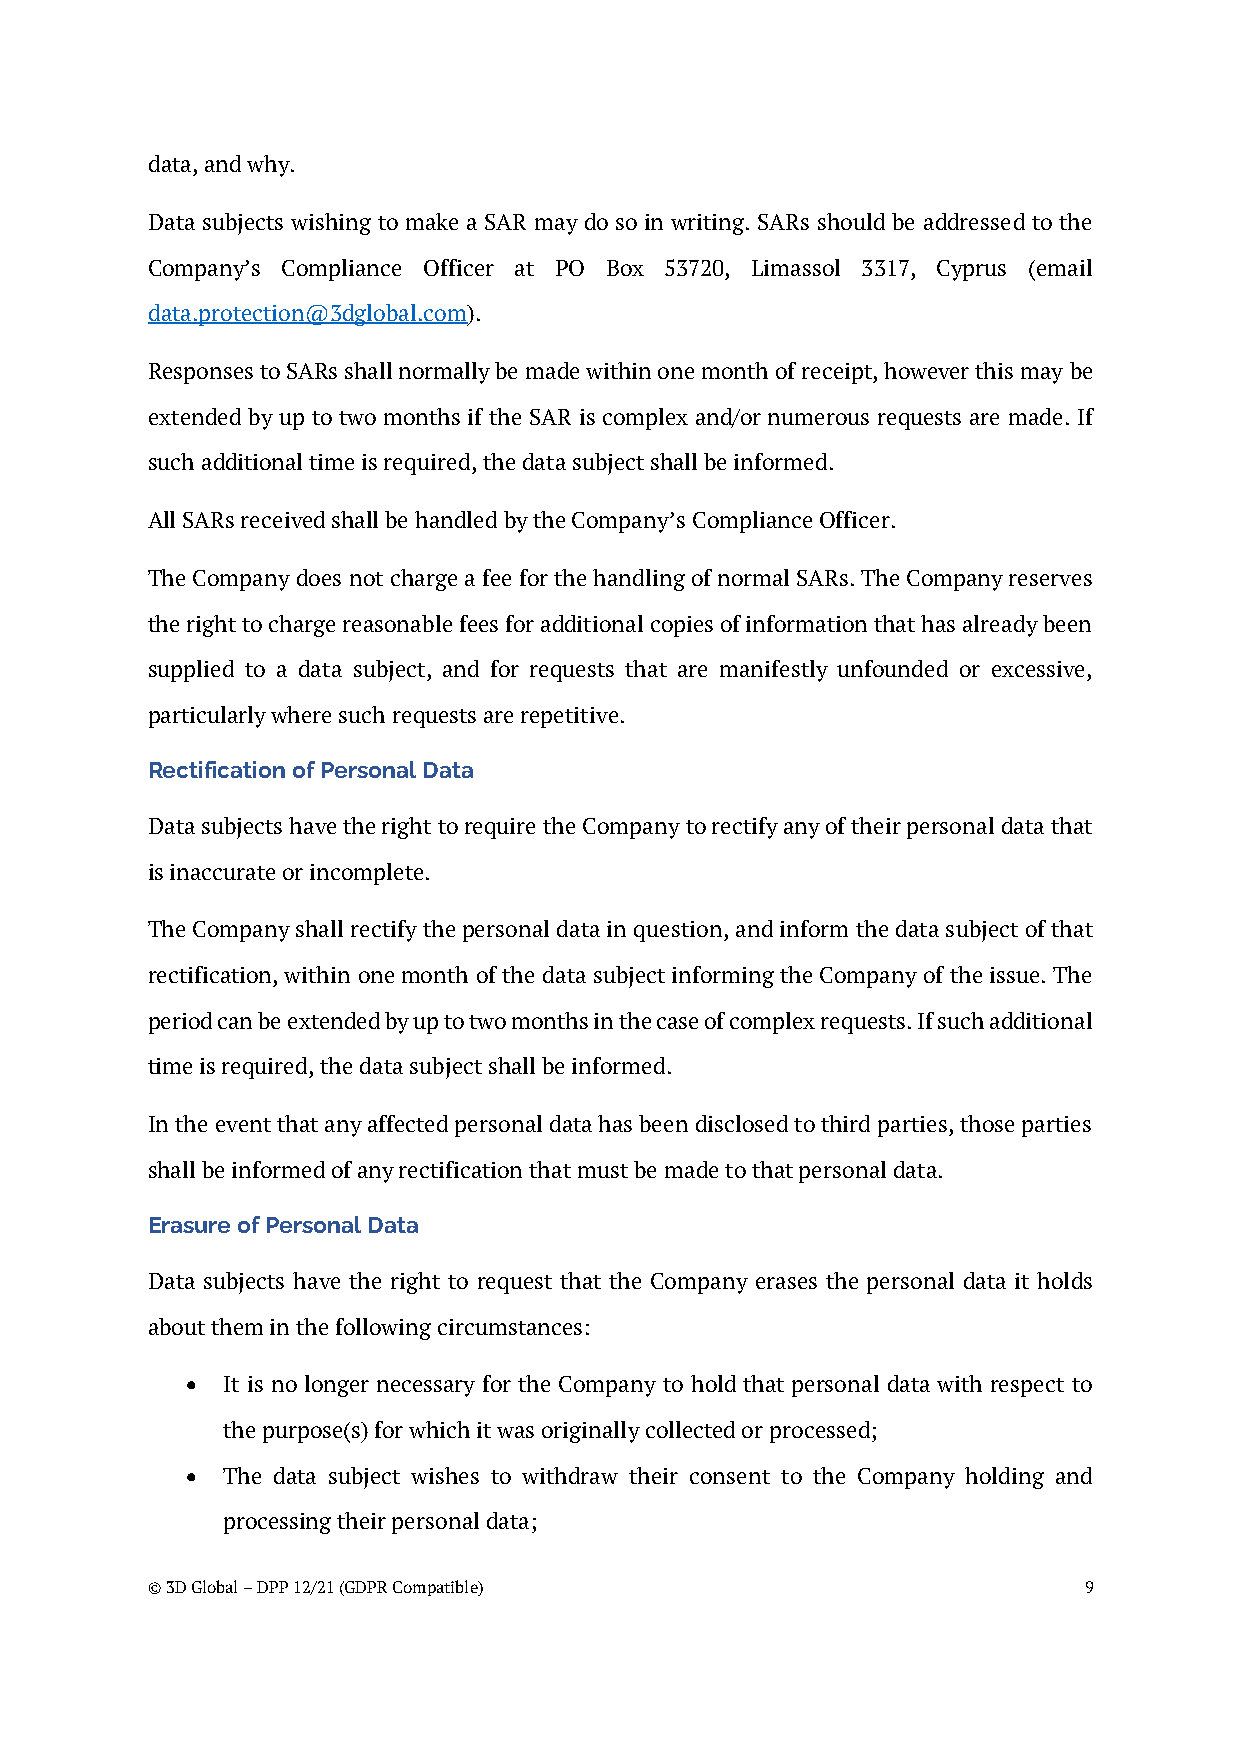
data, and why.
 Data subjects wishing to make a SAR may do so in writing. SARs should be addressed to the
 Company’s Compliance Officer at PO Box 53720, Limassol 3317, Cyprus (email
 data.protection@3dglobal.com).
 Responses to SARs shall normally be made within one month of receipt, however this may be
 extended by up to two months if the SAR is complex and/or numerous requests are made. If
 such additional time is required, the data subject shall be informed.
 All SARs received shall be handled by the Company’s Compliance Officer.
 The Company does not charge a fee for the handling of normal SARs. The Company reserves
 the right to charge reasonable fees for additional copies of information that has already been
 supplied to a data subject, and for requests that are manifestly unfounded or excessive,
 particularly where such requests are repetitive.
 Rectification of Personal Data
 Data subjects have the right to require the Company to rectify any of their personal data that
 is inaccurate or incomplete.
 The Company shall rectify the personal data in question, and inform the data subject of that
 rectification, within one month of the data subject informing the Company of the issue. The
 period can be extended by up to two months in the case of complex requests. If such additional
 time is required, the data subject shall be informed.
 In the event that any affected personal data has been disclosed to third parties, those parties
 shall be informed of any rectification that must be made to that personal data.
 Erasure of Personal Data
 Data subjects have the right to request that the Company erases the personal data it holds
 about them in the following circumstances:
 •  It is no longer necessary for the Company to hold that personal data with respect to
 the purpose(s) for which it was originally collected or processed;
 •  The data subject wishes to withdraw their consent to the Company holding and
 processing their personal data;
 © 3D Global – DPP 12/21 (GDPR Compatible)                     9